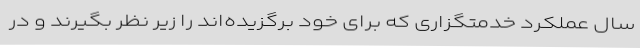
سال عملکرد خدمتگزاری که برای خود برگزیده‌اند را زیر نظر بگیرند و در